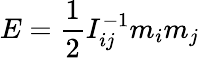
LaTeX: E=\frac 12I_{ij}^{-1}m_{i}m_{j}